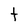
Character: t